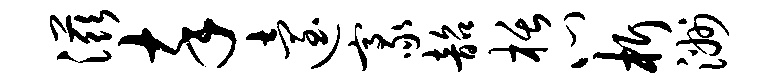
滋卒迨豪韶栝心析洲